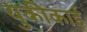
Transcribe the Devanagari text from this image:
युकीकाई